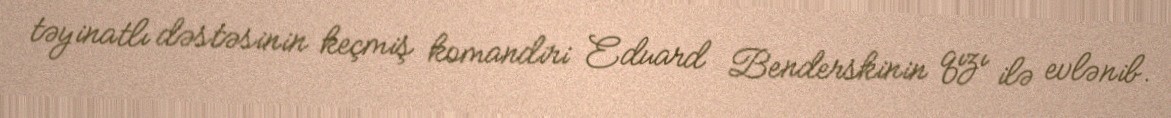
təyinatlı dəstəsinin keçmiş komandiri Eduard Benderskinin qızı ilə evlənib.